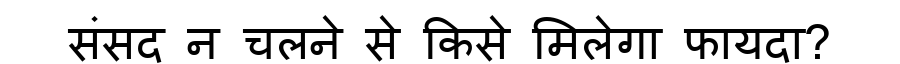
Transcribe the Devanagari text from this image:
संसद न चलने से किसे मिलेगा फायदा?